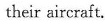
their aircraft.